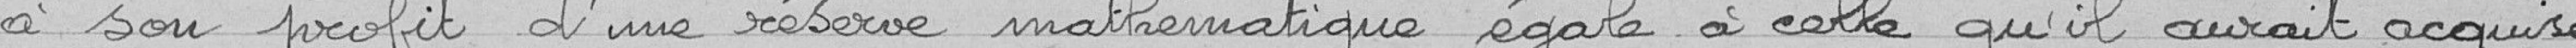
à son profit d'un réserve mathématique égale à celle qu'il aurait acquise